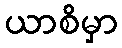
ယာစိမှာ